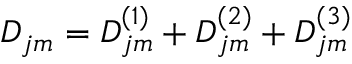
D _ { j m } = D _ { j m } ^ { ( 1 ) } + D _ { j m } ^ { ( 2 ) } + D _ { j m } ^ { ( 3 ) }